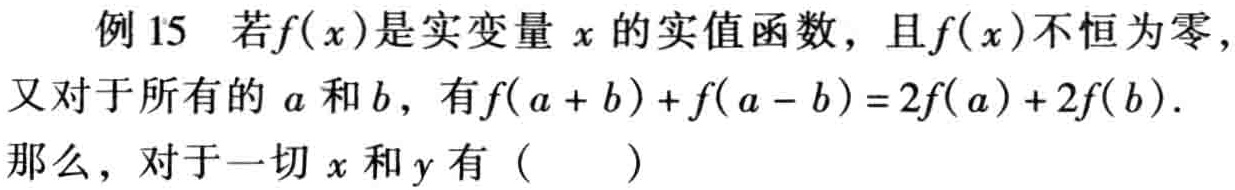
例15 若\(f(x)\)是实变量\(x\)的实值函数，且\(f(x)\)不恒为零，又对于所有的\(a\)和\(b\)，有\(f(a + b)+f(a - b)=2f(a)+2f(b)\)．那么，对于一切\(x\)和\(y\)有（  ）